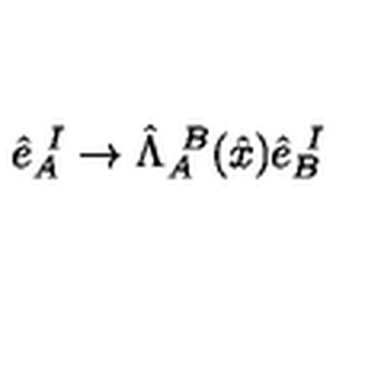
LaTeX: \hat { e } _ { A } ^ { \ I } \rightarrow \hat { \Lambda } _ { A } ^ { \ B } ( \hat { x } ) \hat { e } _ { B } ^ { \ I }